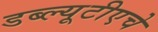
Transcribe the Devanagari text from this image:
डब्ल्यूटीएचे